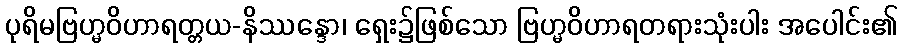
ပုရိမဗြဟ္မဝိဟာရတ္တယ-နိဿန္ဒော၊ ရှေး၌ဖြစ်သော ဗြဟ္မဝိဟာရတရားသုံးပါး အပေါင်း၏